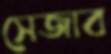
সেজাব